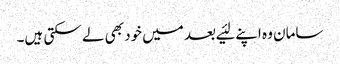
سامان وہ اپنے لئیے بعد میں‌خود بھی لے سکتی ہیں۔